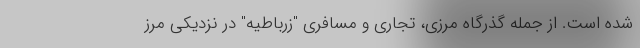
شده است. از جمله گذرگاه مرزی، تجاری و مسافری "زرباطیه" در نزدیکی مرز